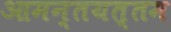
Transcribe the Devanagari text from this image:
आमन्तयत्तम